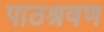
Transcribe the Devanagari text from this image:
पाठश्रवण